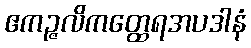
ဧကဉ္ဇလိကတ္ထေရအပဒါနံ